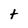
Character: t